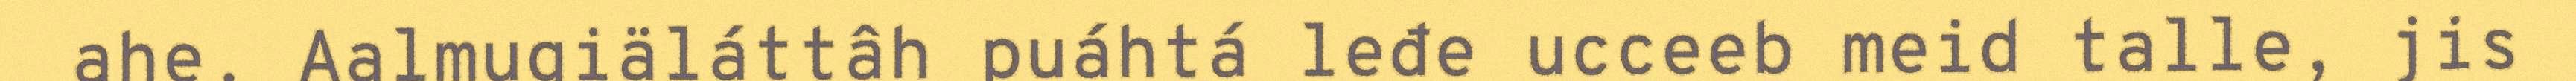
ahe. Aalmugiäláttâh puáhtá leđe ucceeb meid talle, jis